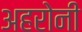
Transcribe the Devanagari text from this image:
अहरोनी